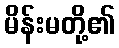
မိန်းမတို့၏